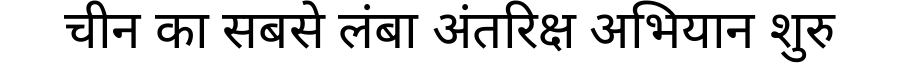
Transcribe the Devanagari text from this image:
चीन का सबसे लंबा अंतरिक्ष अभियान शुरु